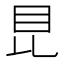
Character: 𥄀